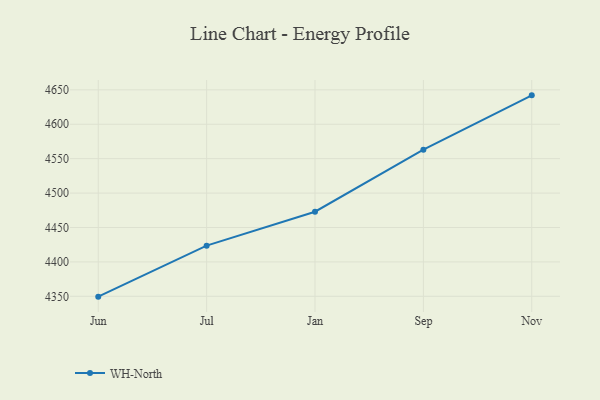
{"axis": {"x": "Month", "y": "Revenue (USD Million)"}, "legend": ["WH-North"], "data": [{"x": "Jun", "y": 4349.5, "type": "WH-North"}, {"x": "Jul", "y": 4423.6, "type": "WH-North"}, {"x": "Jan", "y": 4472.9, "type": "WH-North"}, {"x": "Sep", "y": 4563.0, "type": "WH-North"}, {"x": "Nov", "y": 4642.0, "type": "WH-North"}]}